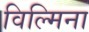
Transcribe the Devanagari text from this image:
विल्‍मिना